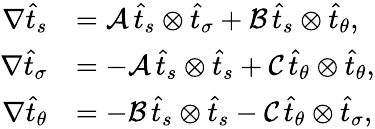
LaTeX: \begin{array}{rl}{\nabla\widehat{t}_{s}}&{=\mathcal{A}\, \widehat{t}_{s}\otimes\widehat{t}_{\sigma}+\mathcal{B}\, \widehat{t}_{s}\otimes\widehat{t}_{\theta},}\\ {\nabla\widehat{t}_{\sigma}}&{=-\mathcal{A}\, \widehat{t}_{s}\otimes\widehat{t}_{s}+\mathcal{C}\, \widehat{t}_{\theta}\otimes\widehat{t}_{\theta},}\\ {\nabla\widehat{t}_{\theta}}&{=-\mathcal{B}\, \widehat{t}_{s}\otimes\widehat{t}_{s}-\mathcal{C}\, \widehat{t}_{\theta}\otimes\widehat{t}_{\sigma},}\end{array}